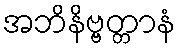
အဘိနိဗ္ဗတ္တာနံ